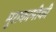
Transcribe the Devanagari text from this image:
मुराकामीकी